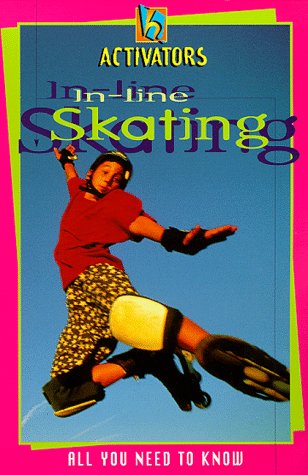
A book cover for In-line Skating: All You Need to Know (Activators); Phil Perry; Sports & Outdoors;